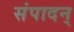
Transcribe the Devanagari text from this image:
संपादन्